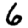
Digit: 6